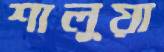
শালুয়া